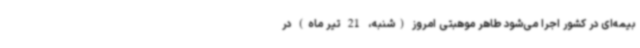
بیمه‌ای در کشور اجرا می‌شود طاهر موهبتی امروز (شنبه، 21 تیر ماه) در